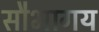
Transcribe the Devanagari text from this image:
सौभागय